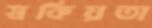
স্বকিয়তা